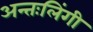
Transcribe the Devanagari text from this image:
अन्तःलिंगी